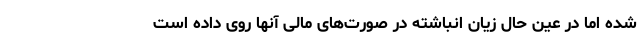
شده اما در عین حال زیان انباشته در صورت‌های مالی آنها روی داده است